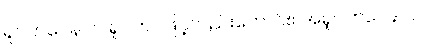
ရူပဘဝေန ဝါ၊ ရူပဘဝဖြင့်လည်းကောင်း။ အရူပဘဝေန ဝါ၊